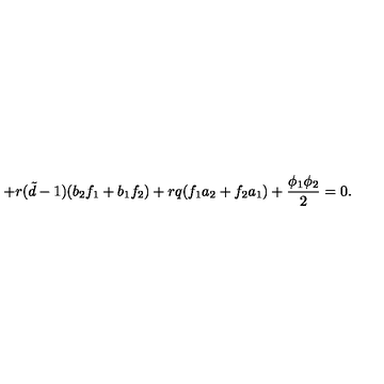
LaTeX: + r ( { \tilde { d } } - 1 ) ( b _ { 2 } f _ { 1 } + b _ { 1 } f _ { 2 } ) + r q ( f _ { 1 } a _ { 2 } + f _ { 2 } a _ { 1 } ) + \frac { \phi _ { 1 } \phi _ { 2 } } { 2 } = 0 .